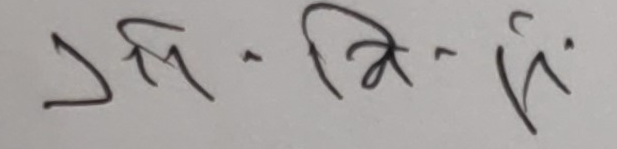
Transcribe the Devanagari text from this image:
त्र- त्रि- सि.